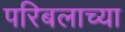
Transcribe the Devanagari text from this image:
परिबलाच्या